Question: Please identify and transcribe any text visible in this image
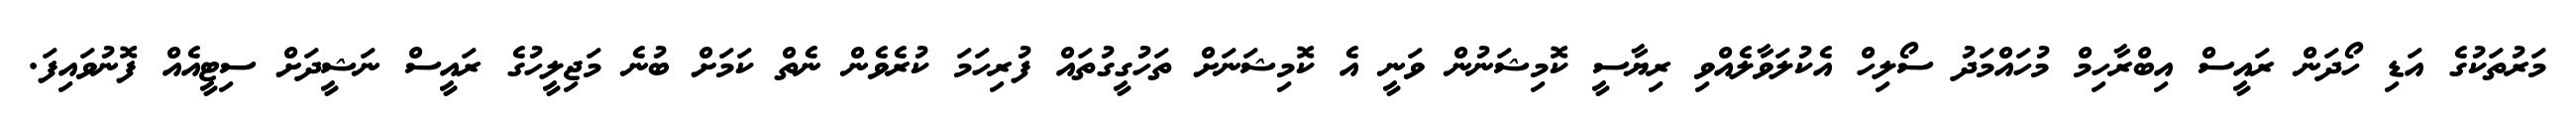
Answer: މަރުތަކުގެ އަޑި ހޯދަން ރައީސް އިބްރާހިމް މުހައްމަދު ސޯލިހް އެކުލަވާލެއްވި ރިޔާސީ ކޮމިޝަނުން ވަނީ އެ ކޮމިޝަނަށް ތަހުގީގުތައް ފުރިހަމަ ކުރެވެން ނެތް ކަމަށް ބުނެ މަޖިލީހުގެ ރައީސް ނަޝީދަށް ސިޓީއެއް ފޮނުވައިފަ.